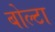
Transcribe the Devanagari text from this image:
बोल्टा